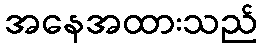
အနေအထားသည်